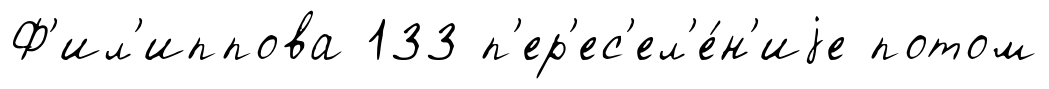
Ф'ил'иппова 133 п'ер'ес'ел'е́н'иjе потом